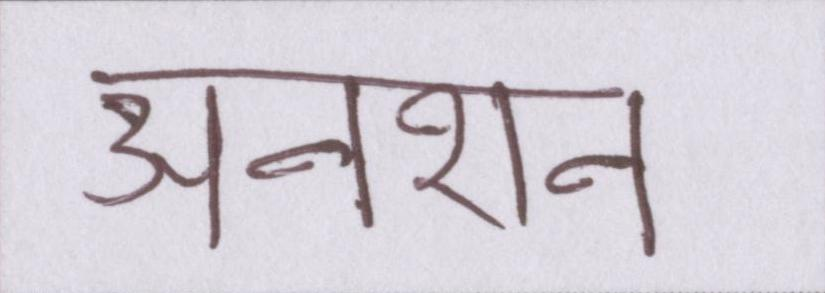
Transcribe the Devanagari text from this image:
अनशन